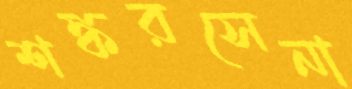
শঙ্করসেনা